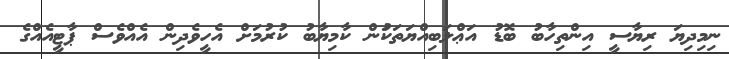
ނިމިދިޔަ ރިޔާސީ އިންތިހާބު ބޮޑު އަޢްލަބިއްޔަތަކަުން ކާމިޔާބު ކުރުމަށް އެހީވެދިން އެއްވެސް ޕާޓީއެއްގެ